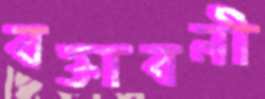
বক্তাবলী